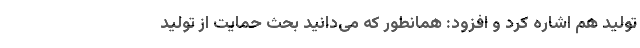
تولید هم اشاره کرد و افزود: همانطور که می‌دانید بحث حمایت از تولید